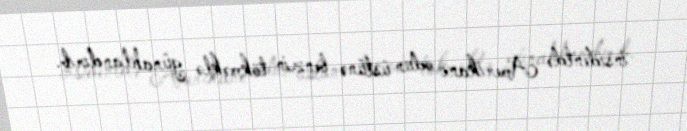
insidentdə Amerikanı odun üstünə benzin tökməklə günahlandırıb.